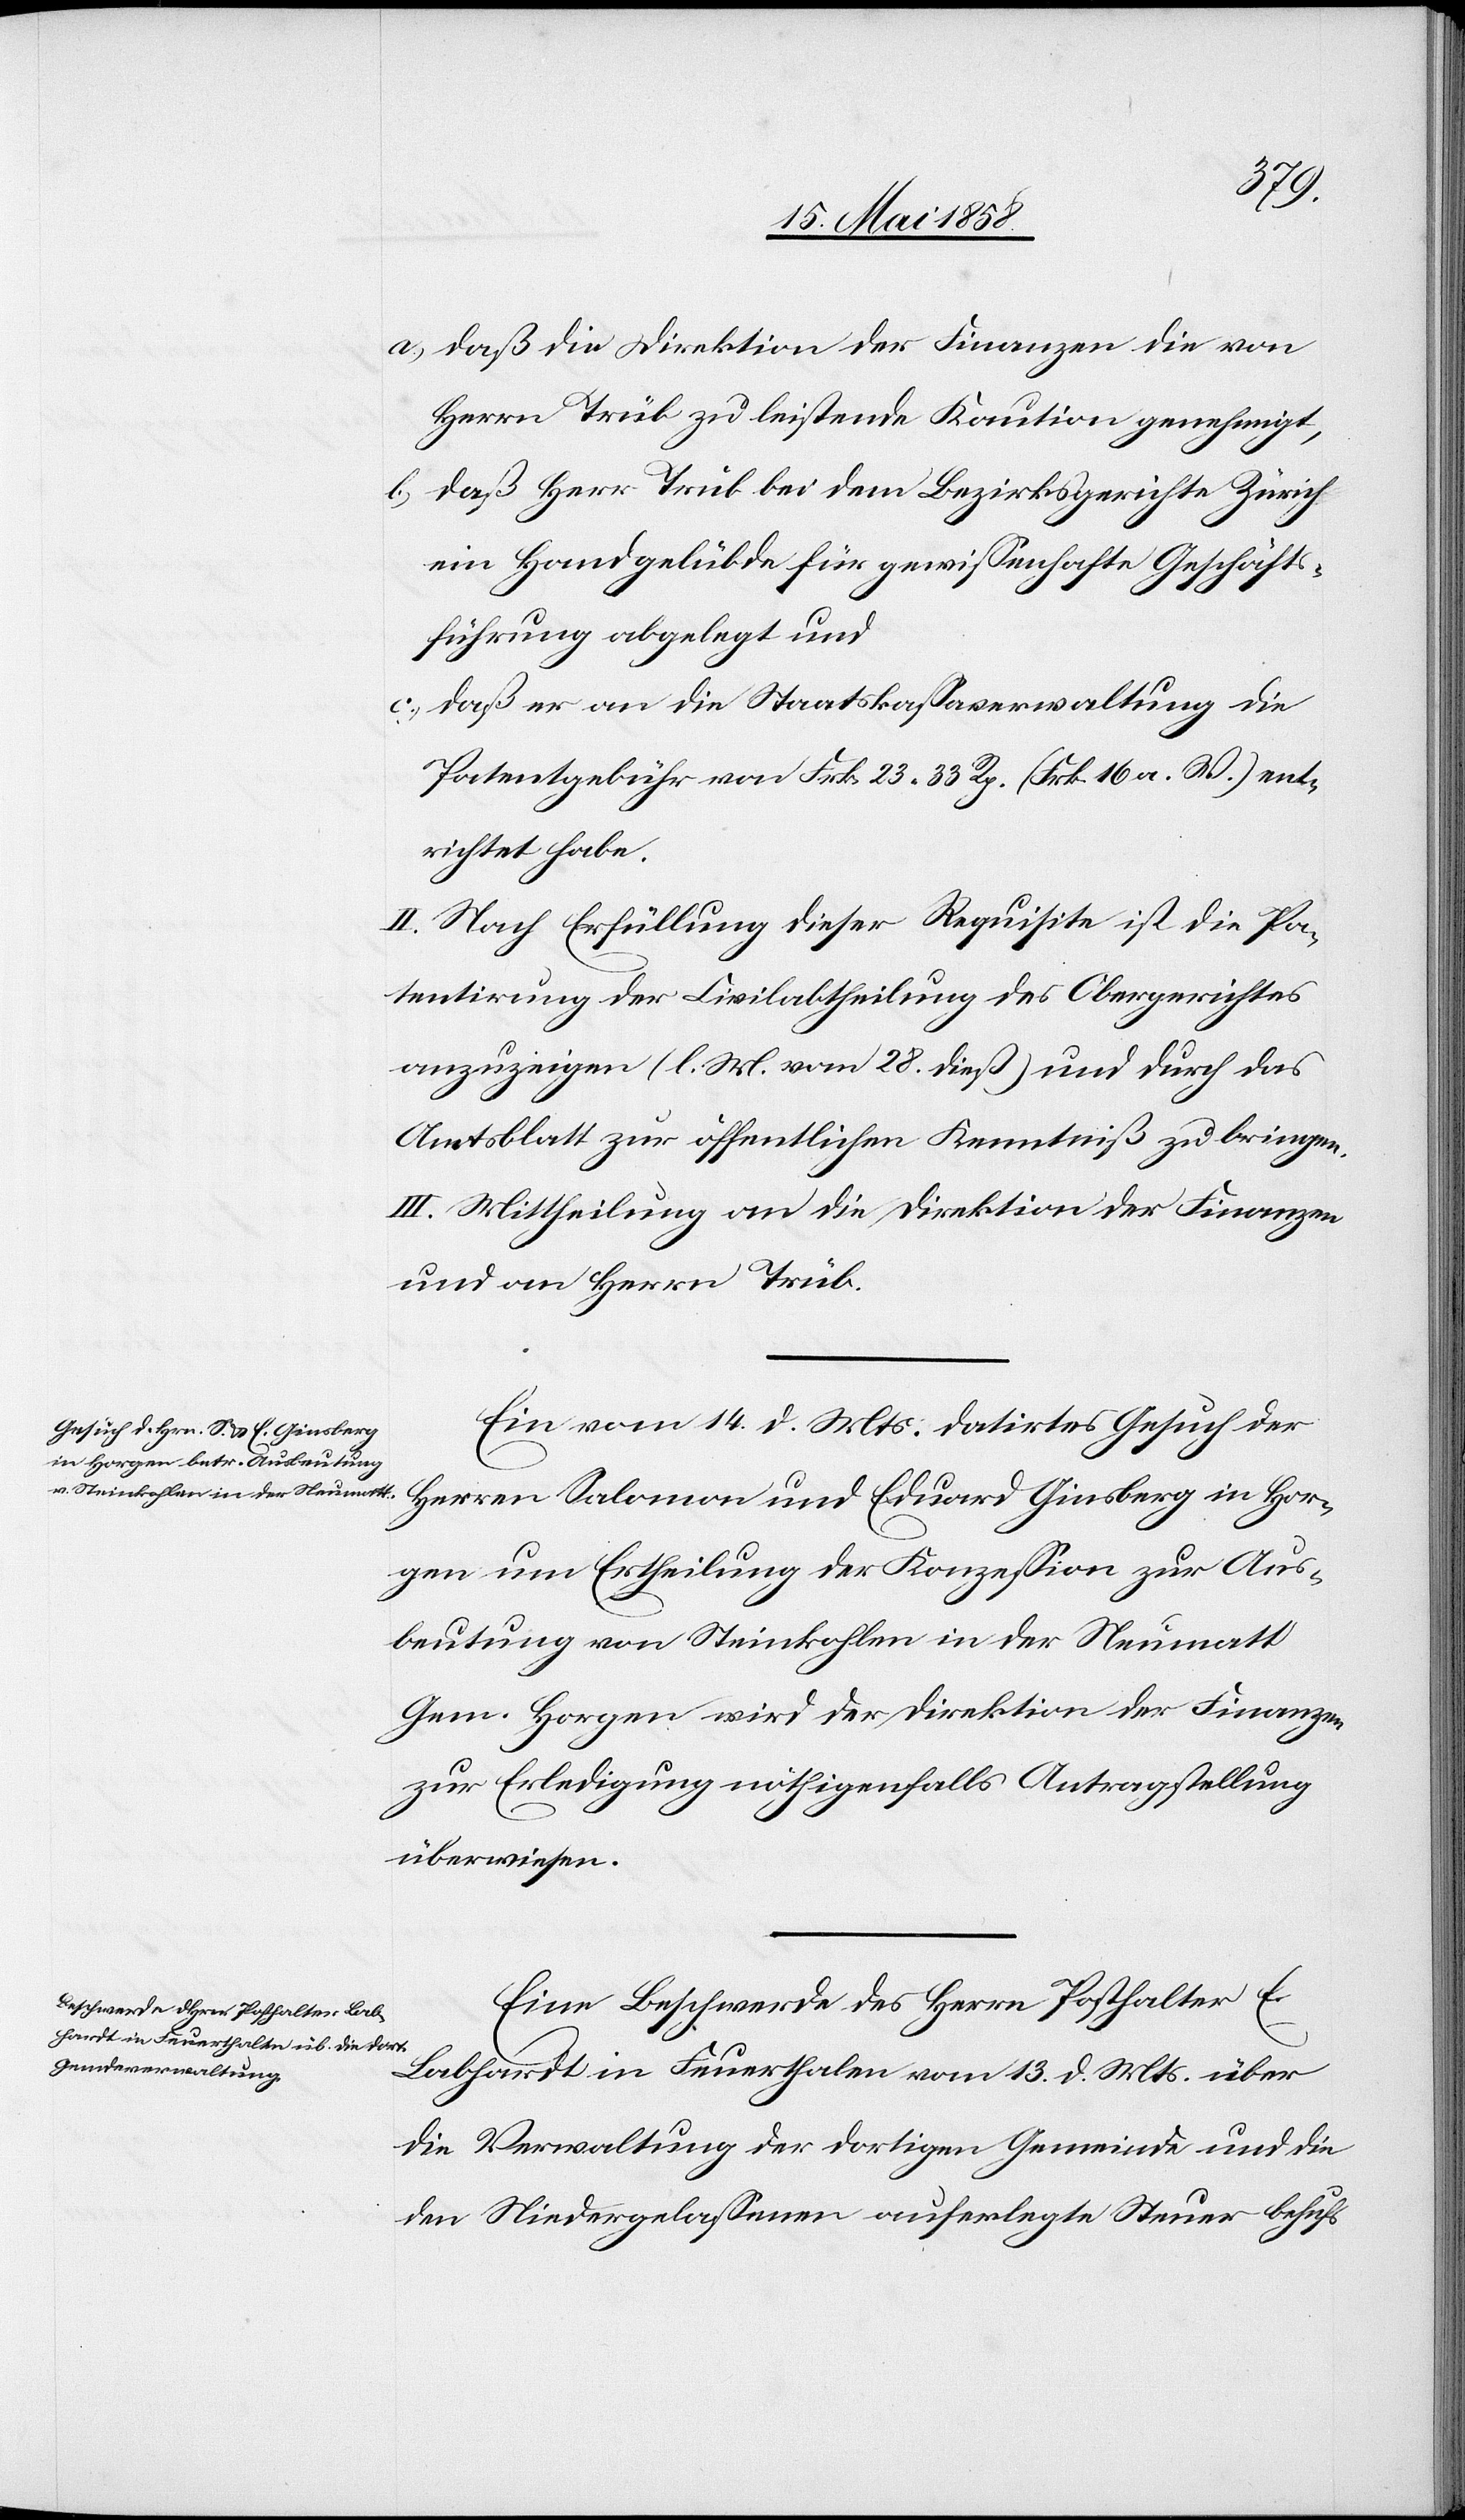
a) daß die Direktion der Finanzen die von
Herrn Trüb zu leistende Kaution genehmigt,
b) daß Herr Trüb bei dem Bezirksgerichte Zürich
ein Handgelübde für gewissenhafte Geschäfts¬
führung abgelegt und
c) daß er an die Staatskassaverwaltung die
Patentgebühr von Frk. 23 33 Rp. (Frk. 16 a. W.) ent¬
richtet habe.
II. Nach Erfüllung dieser Requisite ist die Pa¬
tentirung der Civilabtheilung des Obergerichtes
anzuzeigen (l. M. vom 18. dieß) und durch das
Amtsblatt zur öffentlichen Kenntniß zu bringen.
III. Mittheilung an die Direktion der Finanzen
und an Herrn Trüb.
Ein vom 14. d. Mts. datirtes Gesuch der
Herren Salomon und Eduard Ginsberg in Hor¬
gen um Ertheilung der Konzession zur Aus¬
beutung von Steinkohlen in der Neumatt
Gem. Horgen wird der Direktion der Finanzen
zur Erledigung nöthigenfalls Antragstellung
überwiesen.
Eine Beschwerde des Herrn Posthalter E.
Labhardt in Feuerthalen vom 13. d. Mts. über
die Verwaltung der dortigen Gemeinde und die
den Niedergelassenen auferlegte Steuer behufs